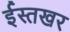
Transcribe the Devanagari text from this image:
ईस्तखर